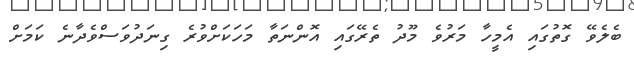
ބެލެވޭ ގޮތުގައި އެމީހާ މަރުވެ މޫދު ތެރޭގައި އޮންނަތާ މަހަކަށްވުރެ ގިނަދުވަސްވެދާނެ ކަމަށް